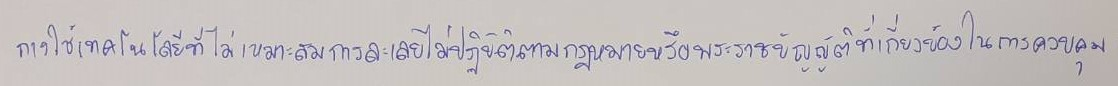
การใช้เทคโนโลยีที่ไม่เหมาะสมการละเลยไม่ปฏิบัติตามกฎหมายหรือพระราชบัญญัติที่เกี่ยวข้องในการควบคุม